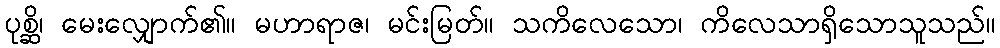
ပုစ္ဆိ၊ မေးလျှောက်၏။ မဟာရာဇ၊ မင်းမြတ်။ သကိလေသော၊ ကိလေသာရှိသောသူသည်။